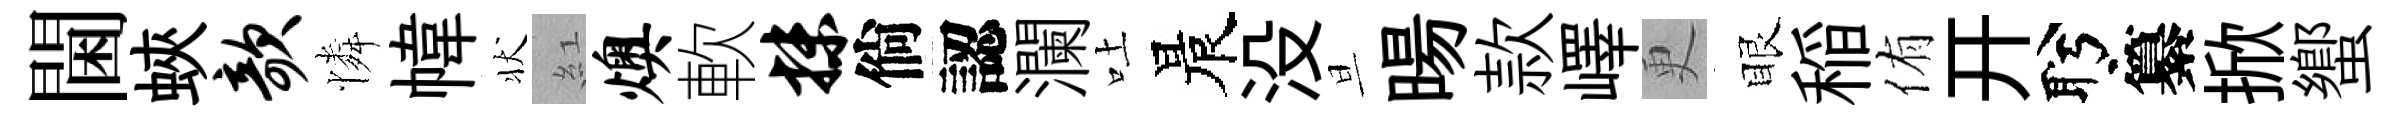
閫蛺欹憐幃状紅燠軟抹倘認瀾吐晨没旦暘款嶧更眼稲侑开盻纂掀蠁